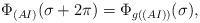
LaTeX: \begin{align*}\Phi_{(AI)}(\sigma +2\pi ) = \Phi_{g((AI))}(\sigma), \end{align*}